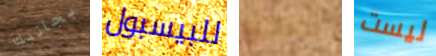
بجانبك للبيسبول يحتاجوا ليست